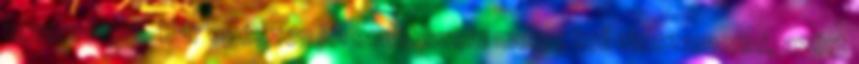
keveredtem. Bár egészen jól emlékszem merre kell visszamenni, azért